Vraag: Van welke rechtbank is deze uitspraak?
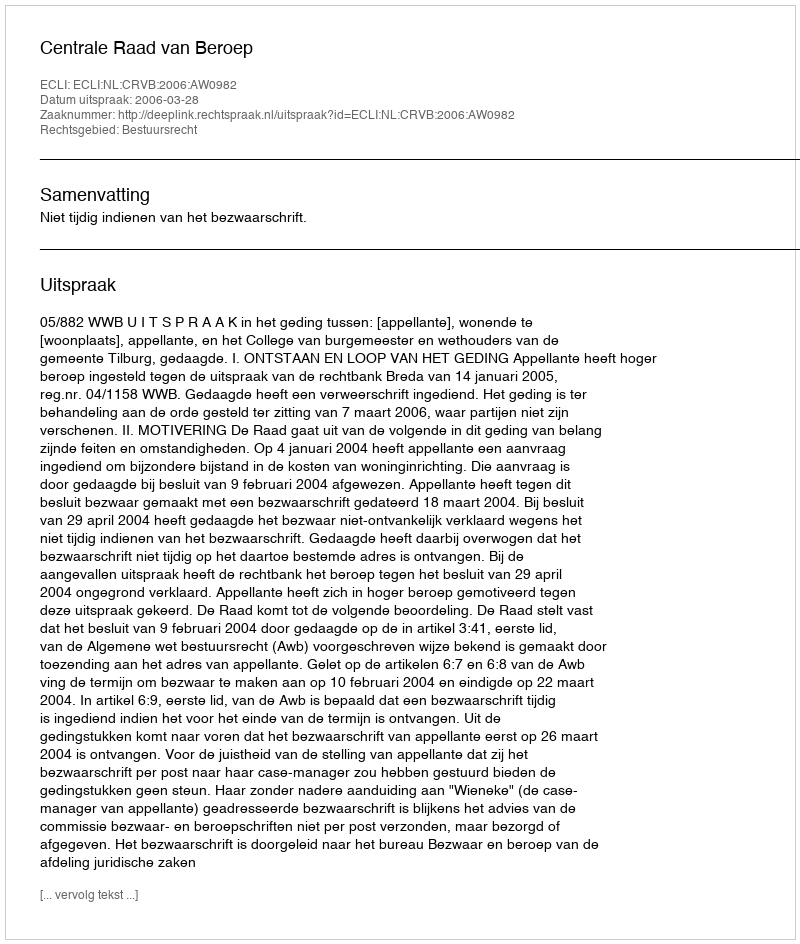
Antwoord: Centrale Raad van Beroep